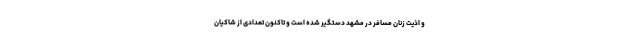
و اذیت زنان مسافر در مشهد دستگیر شده است و تاکنون تعدادی از شاکیان